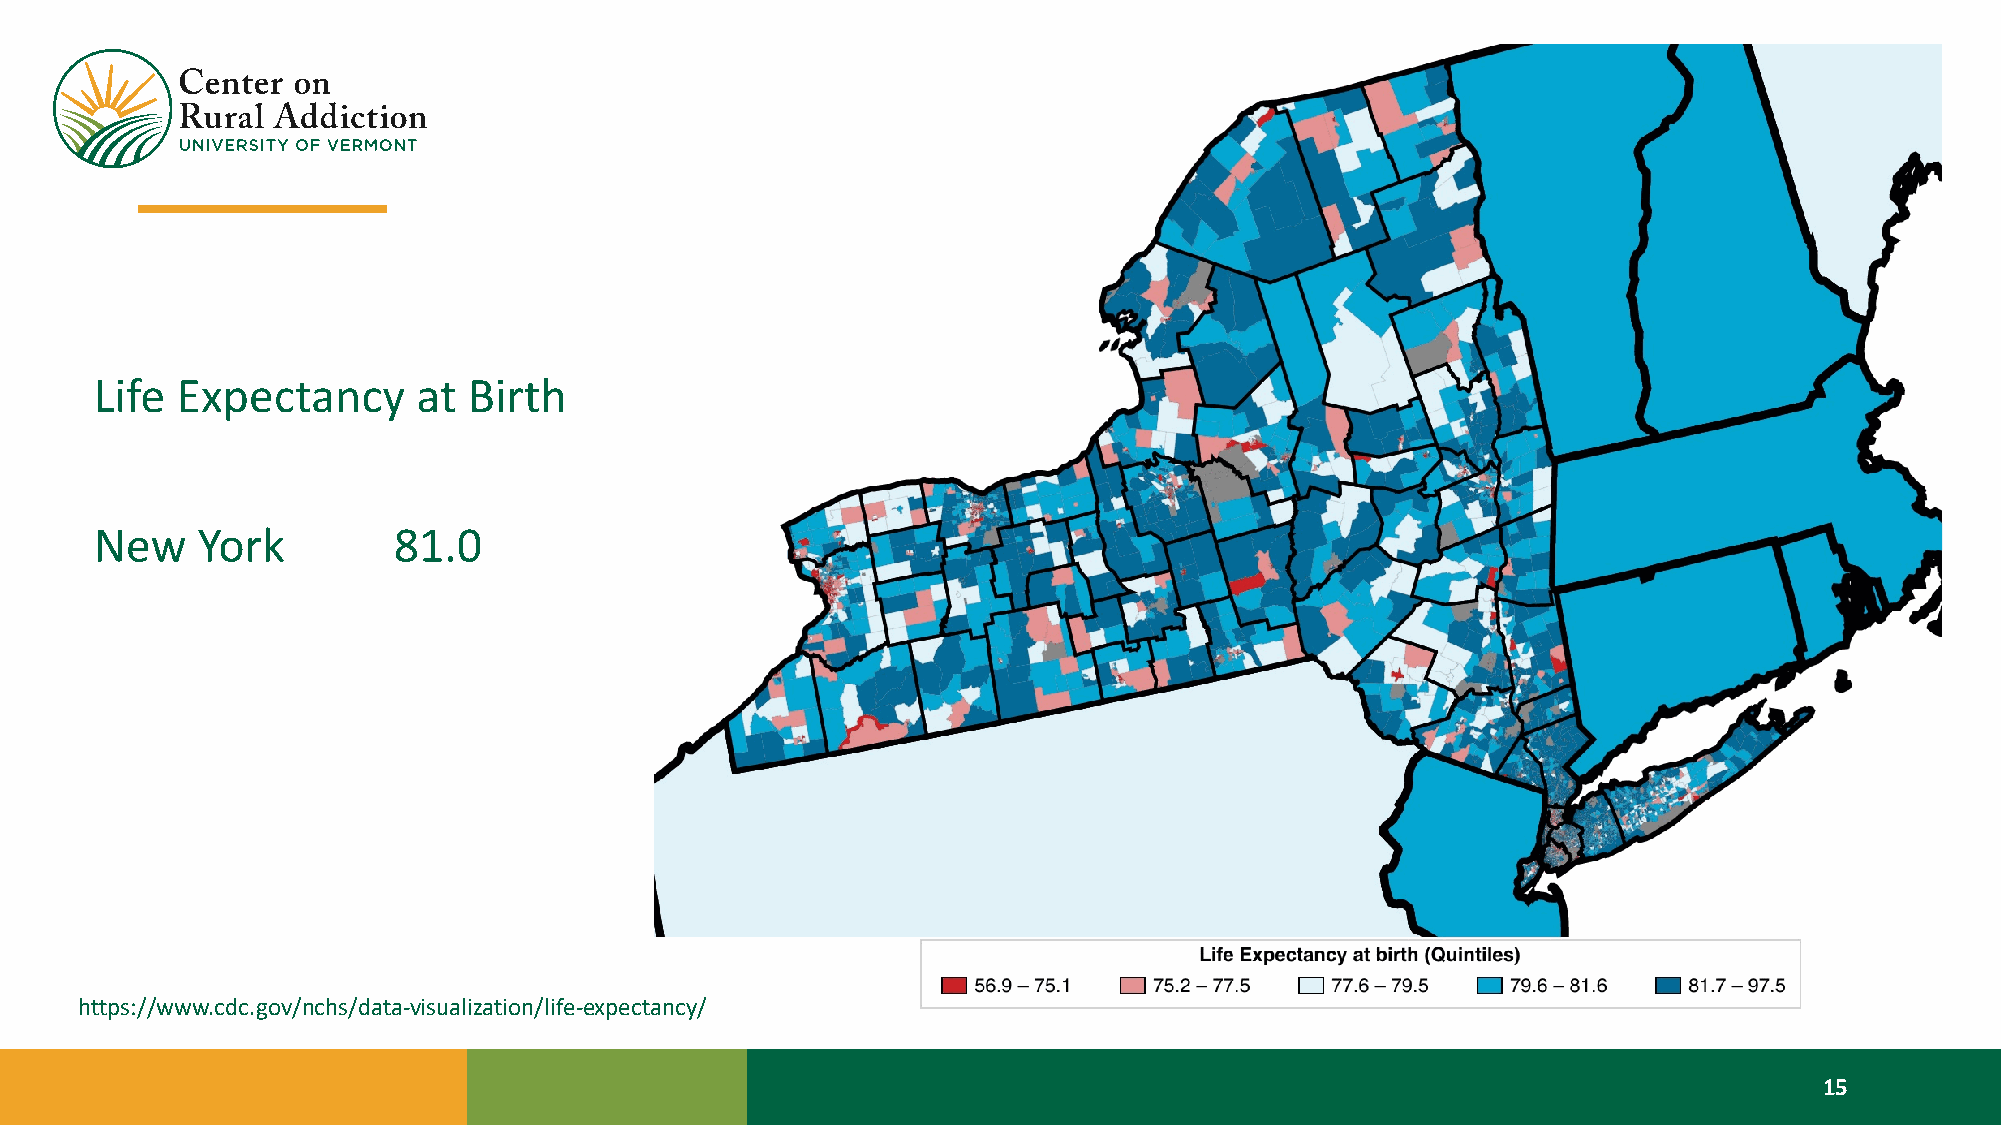
Life  Expectancy      at Birth
 New    York         81.0
 https://www.cdc.gov/nchs/data-visualization/life-expectancy/
 15